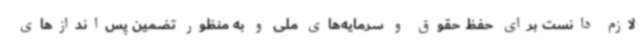
لازم دانست برای حفظ حقوق و سرمایه‌های ملی و به منظور تضمین پس‌اندازهای